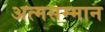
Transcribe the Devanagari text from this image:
अत्मसम्मान